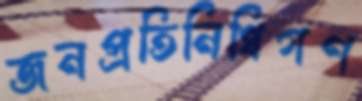
জনপ্রতিনিধিগণ